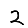
Digit: 2